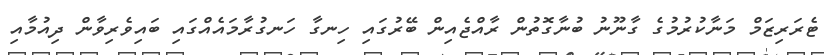
ޓެރަރިޒަމް މަނާކުރުމުގެ ގާނޫނު ބުނާގޮތުން ރާއްޖެއިން ބޭރުގައި ހިނގާ ހަނގުރާމައެއްގައި ބައިވެރިވާން ދިއުމާއި